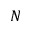
N